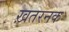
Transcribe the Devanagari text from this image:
ख़तरनक